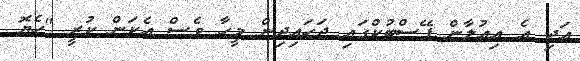
އަދި އެ އިއުލާން ފޭސްބުކްގައި ޖަހައިދިން މީހާ ވެސް އެކަން ކުރީ "ހެޔޮ